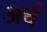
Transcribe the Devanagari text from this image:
अर्च